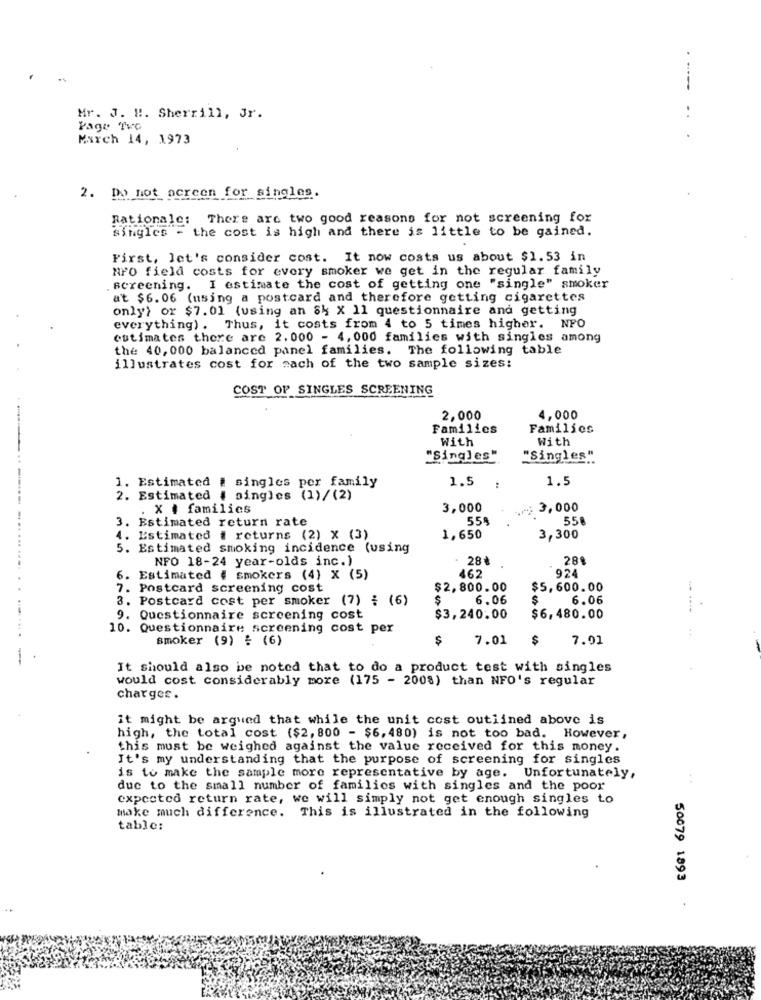
Mr. J. !!. Sherrill, Jr.
..
Page Tve
March 14, 1973
2. Do not acreen for singles.
Rationale: There are two good reasons for not screening for
singles - the cost is high and there is little to be gained.
First, let's consider cost. It now costs us about $1.53 in
NFO field costs for every smoker we get in the regular family
screening. I estimate the cost of getting one "single" smoker
at $6.06 (using a postcard and therefore getting cigarettes
only) or $7.01 (using an 84 X 11 questionnaire and getting
everything). Thus, it costs from 4 to 5 times higher. NFO
estimates there are 2.000 - 4, 000 families with singles among
the 40, 000 balanced panel families. The following table
illustrates cost for mach of the two sample sizes:
COST OF SINGLES SCREENING
2,000
4,000
Families
Families
With
With
"Singles"
"Singles"
1. Estimated # singles per family
1.5
1.5
2. Estimated # singles (1)/(2)
. X . families
3,000
₩ 3,000
3. Estimated return rate
559
55
4. Estimated i returns (2) X (3)
1,650
3,300
5. Estimated smoking incidence (using
NFO 18-24 year-olds inc.)
28₺
28
462
92
6. Estimated # smokers (4) X (5)
7. Postcard screening cost
$2,800.00
$5,600.00
3. Postcard cost per smoker (7) : (6)
$
6.06
S
6.06
9. Questionnaire screening cost
$3,240.00
$6,480.00
10. Questionnaire screening cost per
smoker (9) = (6)
$
7.01
$
7.01
It should also be noted that to do a product test with singles
would cost considerably more (175 - 2008) than NFO's regular
charger .
it might be argued that while the unit cost outlined above is
high, the total cost ($2, 800 - $6, 480) is not too bad. However,
this must be weighed against the value received for this money.
It's my understanding that the purpose of screening for singles
is to make the sample more representative by age. Unfortunately,
due to the small number of families with singles and the poor
expected return rate, we will simply not get enough singles to
make much difference. This is illustrated in the following
table:
50079 1893